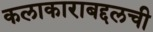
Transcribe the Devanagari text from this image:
कलाकाराबद्दलची